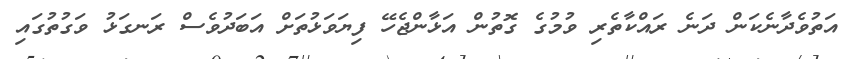
އަތުވެދާނެކަން ދަނެ ރައްކާތެރި ވުމުގެ ގޮތުން އަޅާންޖެހޭ ފިޔަވަޅުތަށް އަބަދުވެސް ރަނގަޅު ވަގުތުގައި